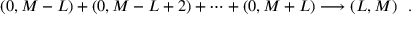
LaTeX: ( 0 , M - L ) + ( 0 , M - L + 2 ) + \cdots + ( 0 , M + L ) \longrightarrow ( L , M ) \ \ .